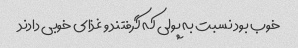
خوب بود نسبت به پولی که گرفتند و غذای خوبی دادند